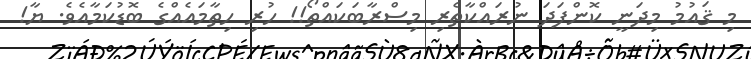
މި ޤައުމު މިދަނީ ކޮންފަދަ ނުރައްކާތެރި މިސްރާބަކައްތޯ!! ހުރި ހިތާމައެއްގެ ބޮޑުކަމާއެވެ. ޔާ!